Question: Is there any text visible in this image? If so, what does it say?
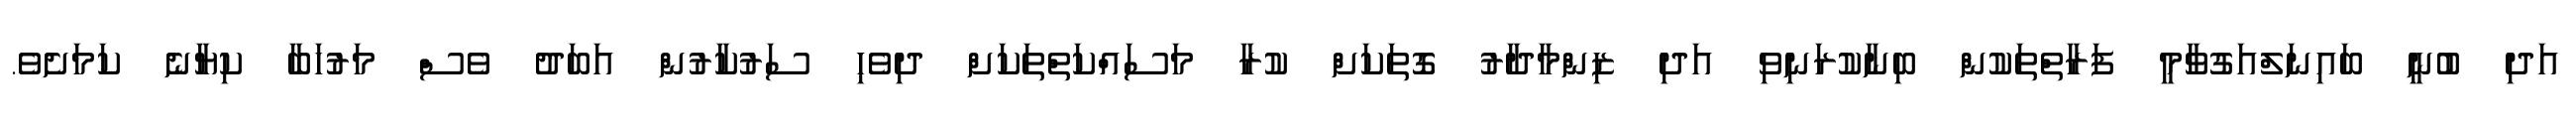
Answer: އަދި ބުނީ ބައިނަލްއަގުވާމީ ފަރާތްތަކުން ބިނާކުރަނިވި އަދި ޒިންމާދާރު ގޮތަކަށް ކުރާ މަސައްކަތްތަކަށް ދިވެހި ސަރުކާރުން އަބަދު ވެސް މަރުހަބާ ކިޔާނެ ކަމަށެވެ.